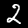
Label: 2